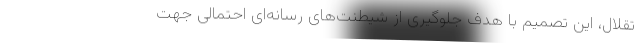
تقلال، این تصمیم با هدف جلوگیری از شیطنت‌های رسانه‌ای احتمالی جهت